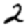
Digit: 2